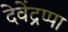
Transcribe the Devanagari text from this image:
देवेंद्रप्पा